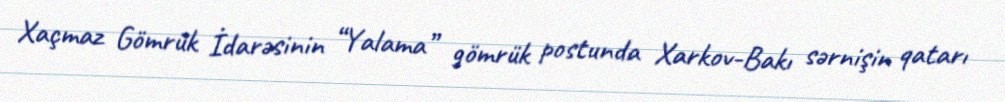
Xaçmaz Gömrük İdarəsinin “Yalama” gömrük postunda Xarkov-Bakı sərnişin qatarı